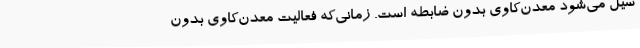
سیل می‌شود معدن‌کاوی بدون ضابطه است. زمانی‌که فعالیت معدن‌کاوی بدون